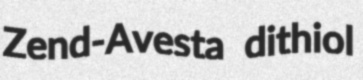
Zend-Avesta dithiol